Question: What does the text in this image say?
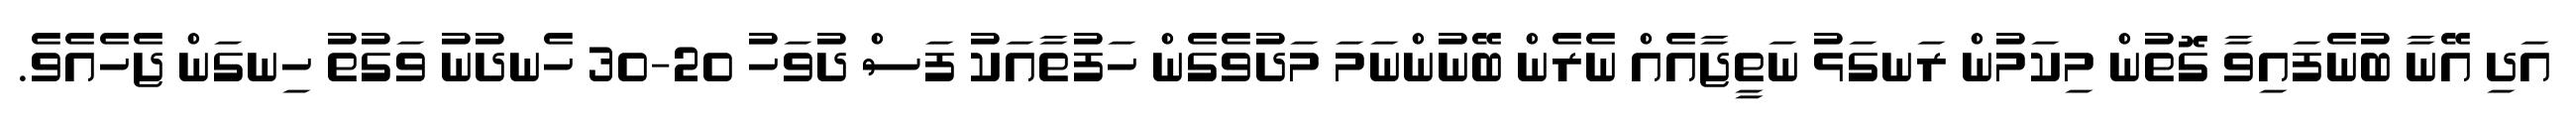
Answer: އަދި އޭނާ ބުނެފައިވާ ގޮތުން މިކަމުން ރަނގަޅު ނަތީޖާއެއް ނެރެން ބޭނުންނަމަ މަދުވެގެން ހަފުތާއަކު ފަސް ދުވަހު 20-30 ހެނދުނު ވަގުތު ހިނގަން ޖެހެއެވެ.